Report on horse surra - Volume I
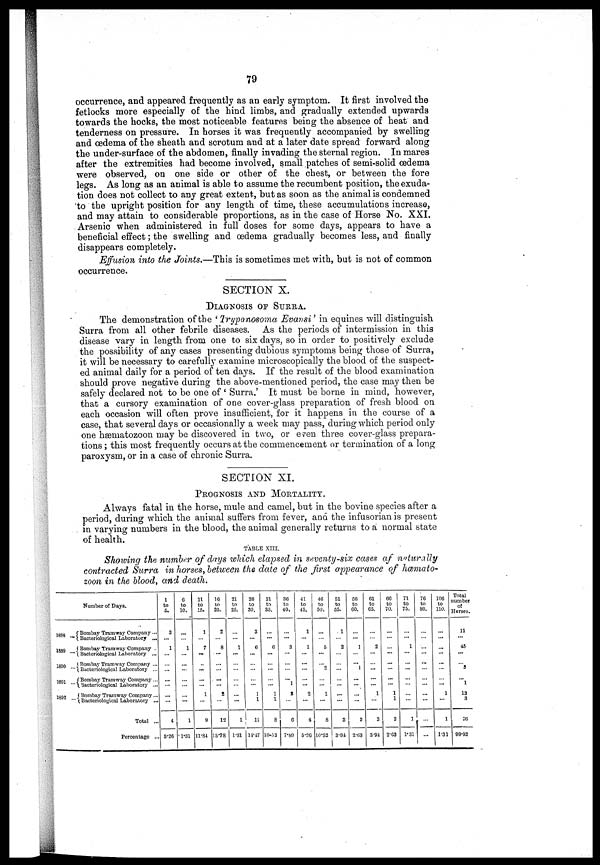
79
occurrence, and appeared frequently as an early symptom. It first involved the
fetlocks more especially of the hind limbs, and gradually extended upwards
towards the hocks, the most noticeable features being the absence of heat and
tenderness on pressure. In horses it was frequently accompanied by swelling
and oedema of the sheath and scrotum and at a later date spread forward along
the under-surface of the abdomen, finally invading the sternal region. In mares
after the extremities had become involved, small patches of semi-solid œdema
were observed, on one side or other of the chest, or between the fore
legs. As long as an animal is able to assume the recumbent position, the exuda-
tion does not collect to any great extent, but as soon as the animal is condemned
to the upright position for any length of time, these accumulations increase,
and may attain to considerable proportions, as in the case of Horse No. XXI.
Arsenic when administered in full doses for some days, appears to have a
beneficial effect; the swelling and oedema gradually becomes less, and finally
disappears completely.
Effusion into the Joints.—This is sometimes met with, but is not of common
occurrence.
SECTION X.
DIAGNOSIS OF SURRA.
The demonstration of the ' Trypanosoma Evansi ' in equines will distinguish
Surra from all other febrile diseases. As the periods of intermission in this
disease vary in length from one to six days, so in order to positively exclude
the possibility of any cases presenting dubious symptoms being those of Surra,
it will be necessary to carefully examine microscopically the blood of the suspect-
ed animal daily for a period of ten days. If the result of the blood examination
should prove negative during the above-mentioned period, the case may then be
safely declared not to be one of ' Surra.' It must be borne in mind, however,
that a cursory examination of one cover-glass preparation of fresh blood on
each occasion will often prove insufficient, for it happens in the course of a
case, that several days or occasionally a week may pass, during which period only
one hæmatozoon may be discovered in two, or even three cover-glass prepara-
tions; this most frequently occurs at the commencement or termination of a long
paroxysm, or in a case of chronic Surra.
SECTION XI.
PROGNOSIS AND MORTALITY.
Always fatal in the horse, mule and camel, but in the bovine species after a
period, during which the animal suffers from fever, and the infusorian is present
in varying numbers in the blood, the animal generally returns to a normal state
of health.
TABLE XIII.
Showing the number of days which elapsed in seventy-six cases of naturally
contracted Surra in horses, between the date of the first appearance of hœmato-
zoon in the blood, and death.
less
1889
1890
1801
1892
Number of Days.
...{ Bombay Tramway Company ...
...{ Bacteriological Laboratory ...
...{Bombay Tramway Company .
...{ Bacteriological Laboratory ...
...{Bombay Tramway Company ...
...{ Bacteriological Laboratory ...
...{Bombay Tramway Company...
...{ Bacteriological Laboratory ...
...{Bombay Tramway Company...
...{ Bacteriological Laboratory ...
Total ...
Percentage ...
1
to
5.
3
1
...
...
...
4
5.26
6
to
10.
...
1
...
...
:::
1
1.31
11
to
15.
1
7
...
...
1
0
11.84
16
to
20.
2
8
...
...
2
12
15'78
21
to
25.
...
1
...
...
....
1
1.31
26
to
30.
3
6
...
...
1
1
11
14.47
31
to
35.
...
6
...
...
1
1
8
10.52
36
to
40.
7
3
1
2
6
7.89
41
to
45.
1
1
...
...
2
4
5.26
46
to
50.
...
5
2
1
8
10.52
51
to
55.
. 1
2
...
...
...
3
3.94
56
to
60.
...
1
1
...
...
2
2.63
61
to
65.
...
2
...
...
.1
3
3'94
66
to
70.
...
...
...
...
1
1
2
2.63
71
to
75.
...
1
...
...
1.
1.31
76
to
80.
...
...
...
...
...
...
106
to
110.
...
...
...
...
1
1
1.31
Total
number
of
Horses.
11
45
3
1
13
3
76
99.92